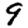
Digit: 9